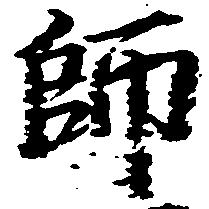
師